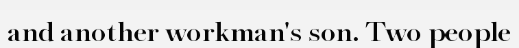
and another workman's son. Two people